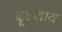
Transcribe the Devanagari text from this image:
दृश्शाय